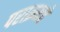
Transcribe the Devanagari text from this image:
पराक्रमचे